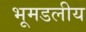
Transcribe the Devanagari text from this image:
भूमडलीय